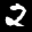
Label: 2